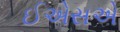
ઈએસએ